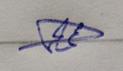
Signature authenticity: genuine